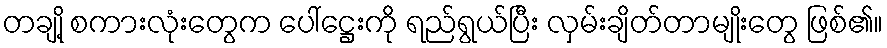
တချို့ စကားလုံးတွေက ပေါ်ဋ္ဌေးကို ရည်ရွယ်ပြီး လှမ်းချိတ်တာမျိုးတွေ ဖြစ်၏။